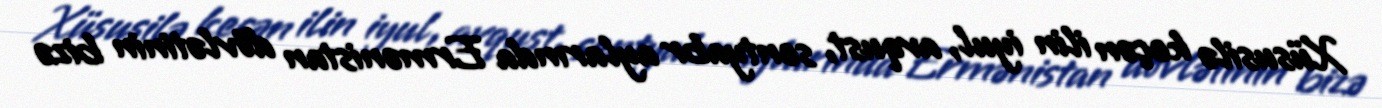
Xüsusilə keçən ilin iyul, avqust, sentyabr aylarında Ermənistan dövlətinin bizə